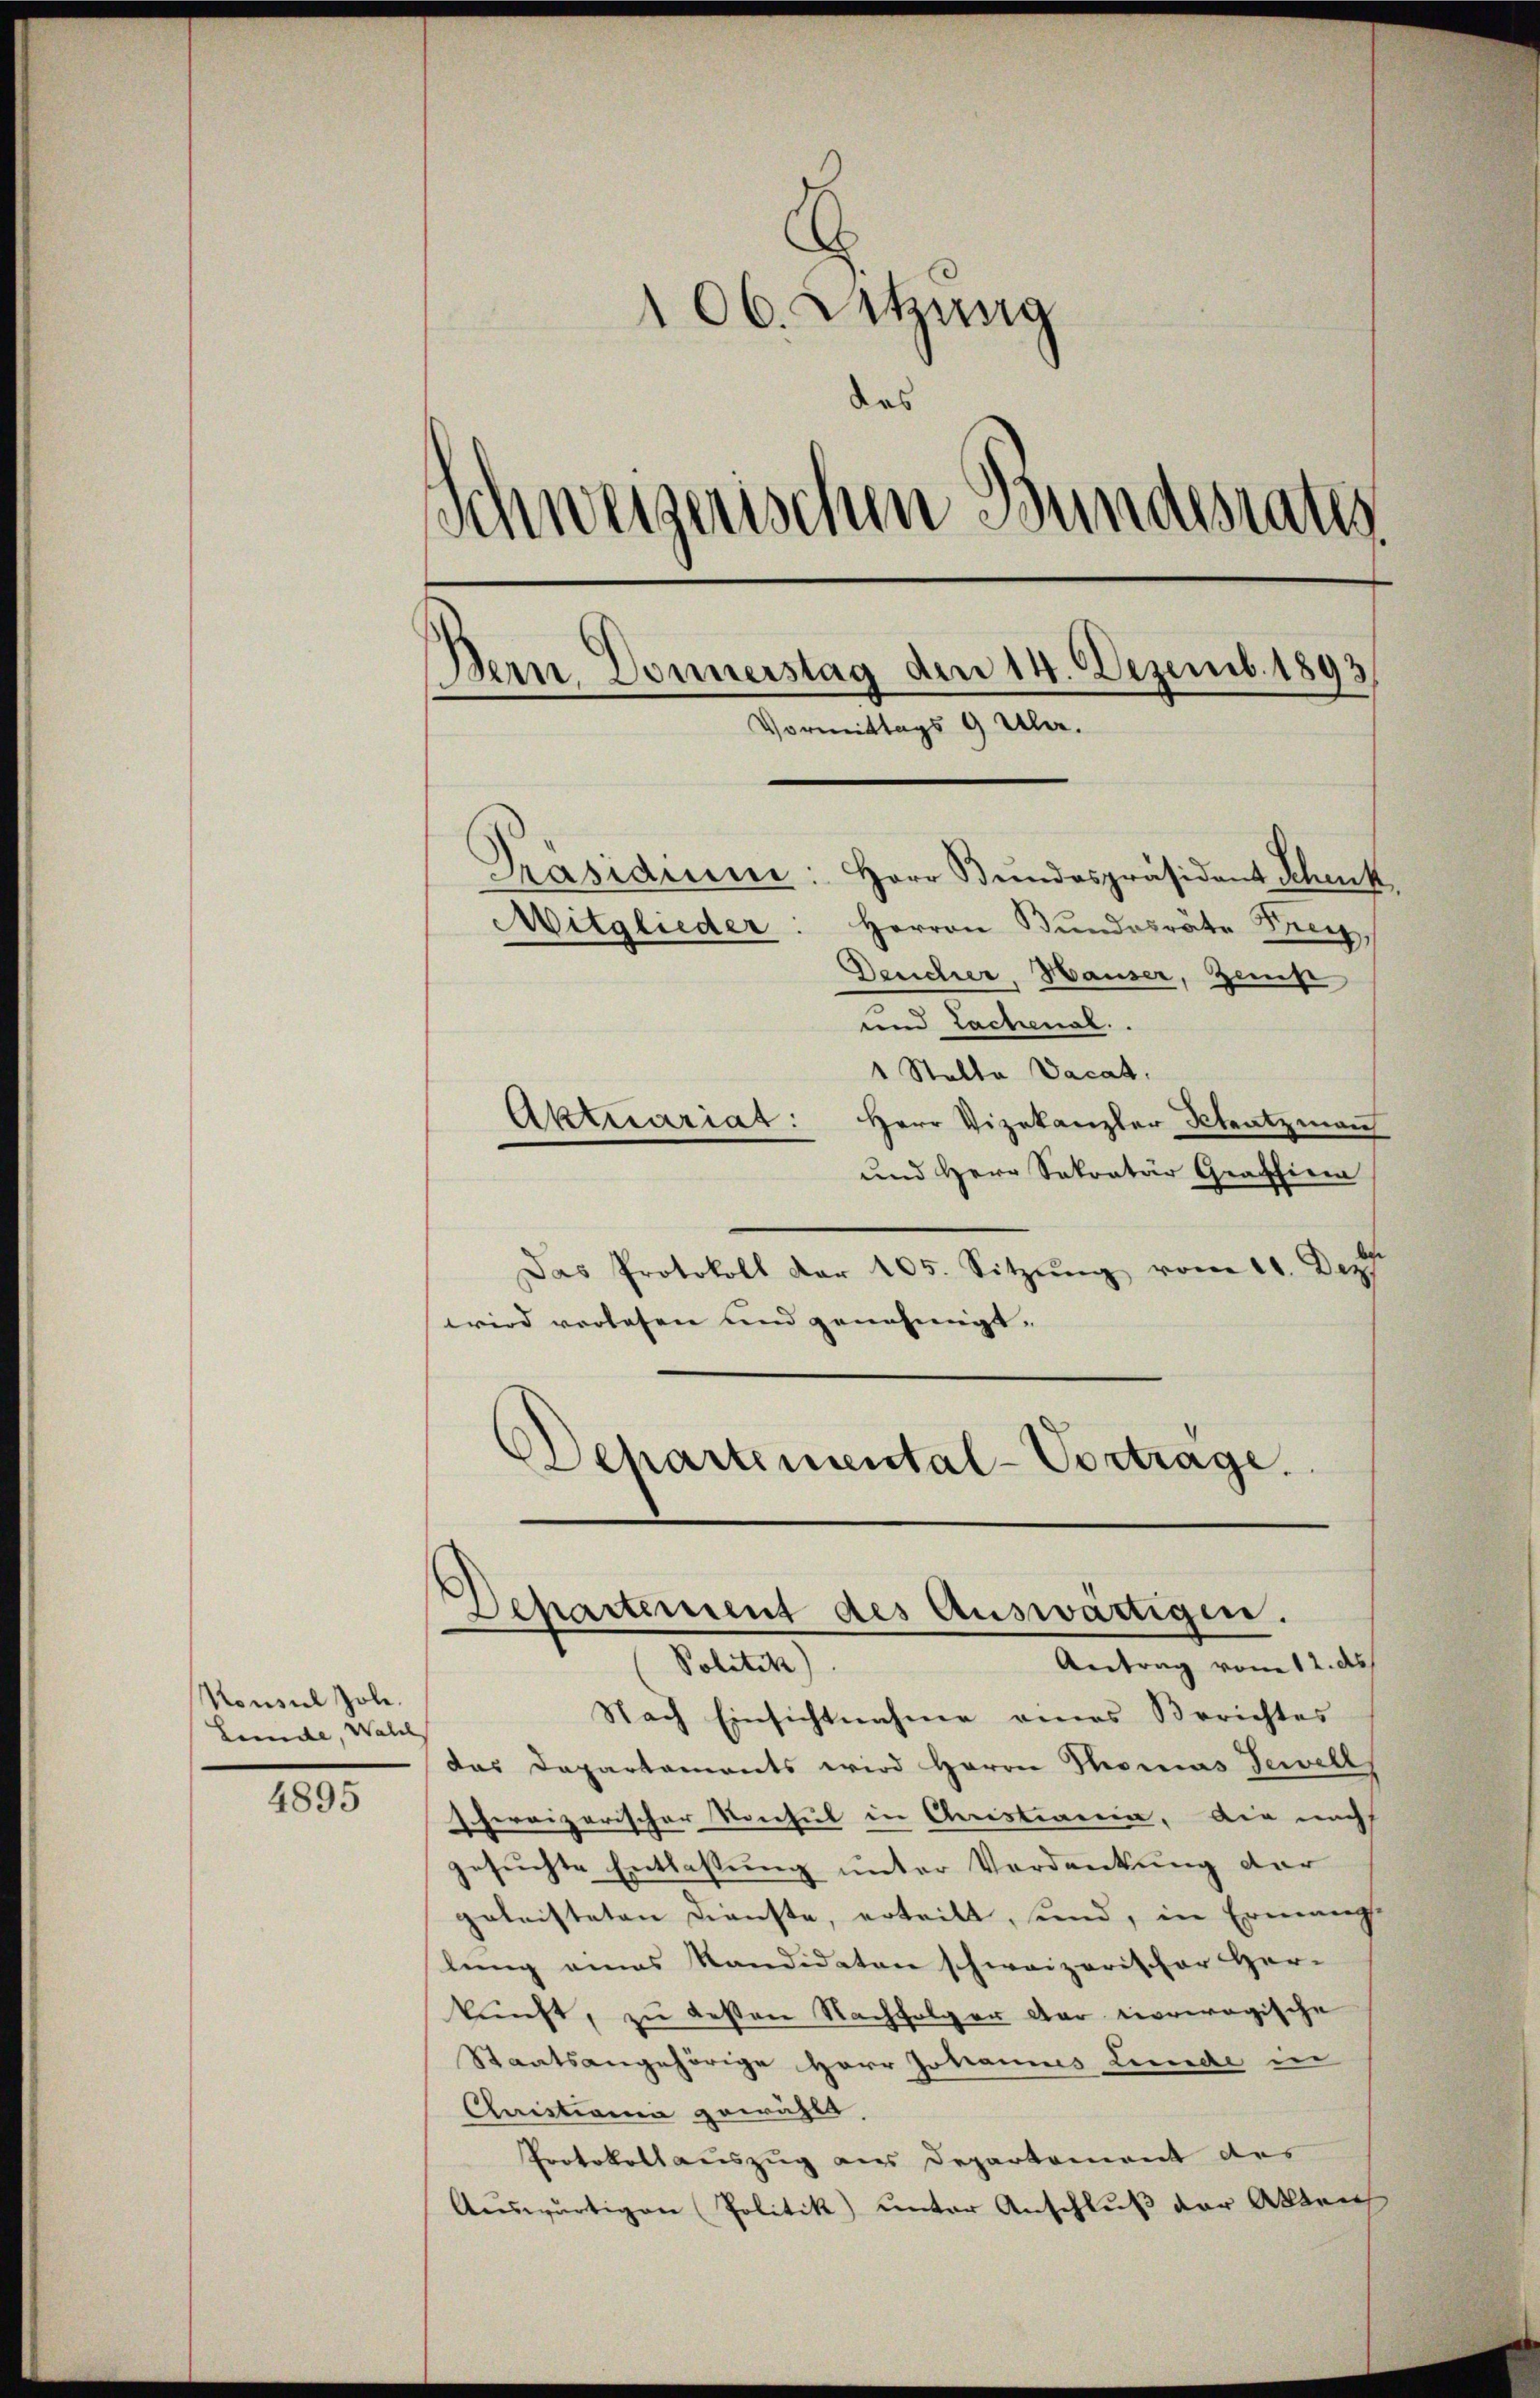
Konsul Joh.
Leide, Walch

4895

106. Sitzung
des
Schweizerischen Bundesrates
Bern Donnerstag den 14. Dezemb. 1893
Vormittags 9 Uhr.

Präsidium: Herr Bŭndespräsident Schenk
Mitglieder. Herren Bundesräte Frey,
Deucher, Hauser, Zens
und Lachenal.
1 Stalte Vacat.
Aktuariat: Herr Vizekanzler Kleatzman
und Herr Sekretär Graffinen
Das Protokoll der 405. Sitzŭng vom 11. Dez.
wird verlesen und genehmigt.
Departemental-Vortrage.

Departement des Auswärtigen.
Antrag vom 12. ds.
(Politik)

Nach Einsichtnahme eines Berichtes
das Departaments wird Herrn Thomas Jewell
chereizerischer Vorhut in Aristiaria, die nach
gesuchte Entlaßung unter Verdankung der
geleisteten Dienste, erteilt, und, in Ermang
lung eines Kandidaten schweizerischer Her-
kŭnft, zu besten Nachfolger der vorerogische
Staatsangehörige Herr Johannes Linde in
Christiania gewählt,
Protokollauszug aus Departement des
Auswärtigen Politik unter Anschluß vor Alleich